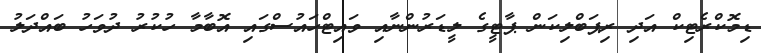
ޑިމޮކްރެޓިކް އަދި ރިޕަބްލިކަން ޕާޓީގެ ލީޑަރުންނާއި ވައިޓްހައުސްގައި އޮބާމާ ހުކުރު ދުވަހު ބައްދަލު